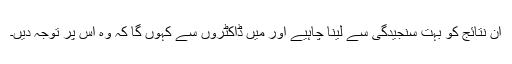
ان نتائج کو بہت سنجیدگی سے لینا چاہیے اور میں ڈاکٹروں سے کہوں گا کہ وہ اس پر توجہ دیں۔